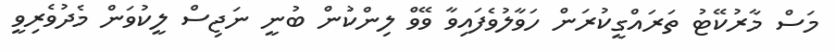
މަސް މާރުކޭޓު ތަރައްގީކުރަން ހަވާލުވެފައިވާ ވޭވް ލިންކުން ބުނީ ނަޖިސް ލީކުވަން މެދުވެރިވީ